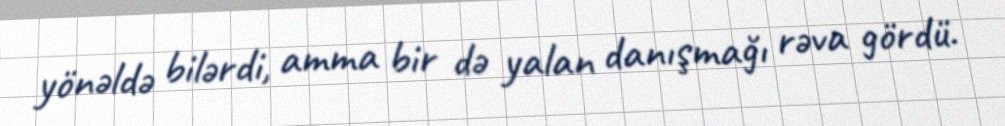
yönəldə bilərdi, amma bir də yalan danışmağı rəva gördü.